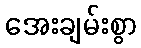
အေးချမ်းစွာ